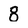
Character: 8